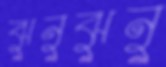
ঝুনুঝুনু